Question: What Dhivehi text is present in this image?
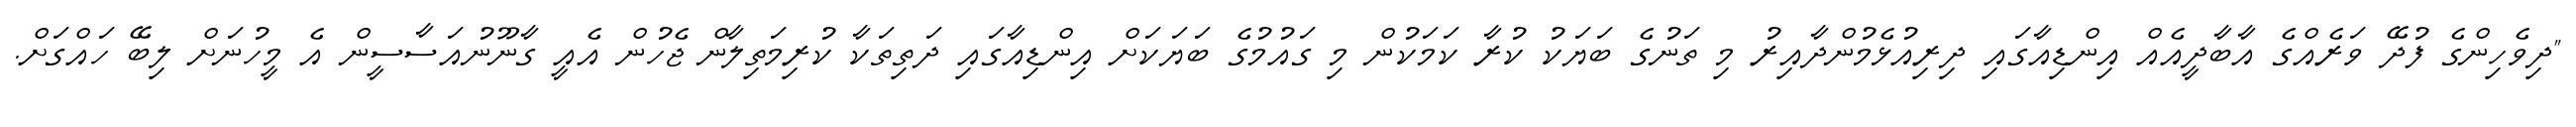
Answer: "ދިވެހިންގެ ފުދޭ ވަރެއްގެ އާބާދީއެއް އިންޑިއާގައި ދިރިއުޅެމުންދާއިރު މި ތަނުގެ ބަޔަކު ކުރާ ކަމަކުން މި ގައުމުގެ ބަޔަކަށް އިންޑިއާގައި ދަތިތަކާ ކުރިމަތިލާން ޖެހުން އެއީ ގާނޫނުއަސާސީން އެ މީހުނަށް ލިބޭ ހައްގަށް.